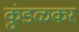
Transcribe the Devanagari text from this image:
कुंडळकर